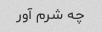
چه شرم آور